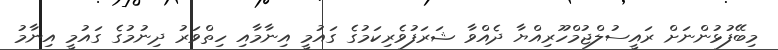
މިބޭފުޅުންނަށް ރައީސުލްޖުމްހޫރިއްޔާ ދެއްވާ ޝަރަފުވެރިކަމުގެ ގައުމީ އިނާމާއި ހިތްވަރު ދިނުމުގެ ގައުމީ އިނާމު